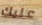
عليك